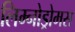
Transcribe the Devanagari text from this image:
लिम्नोड्रोमस